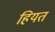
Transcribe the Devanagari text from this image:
हियत